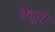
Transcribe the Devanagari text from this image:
येशूने